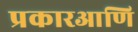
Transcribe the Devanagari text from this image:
प्रकारआणि